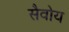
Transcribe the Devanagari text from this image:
सैवोय